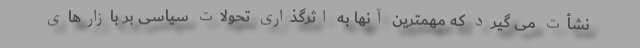
نشأت می گیرد که مهمترین آنها به اثرگذاری تحولات سیاسی بر بازارهای